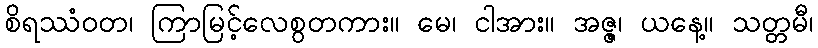
စိရဿံဝတ၊ ကြာမြင့်လေစွတကား။ မေ၊ ငါအား။ အဇ္ဇ၊ ယနေ့။ သတ္တမီ၊